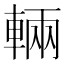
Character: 輛